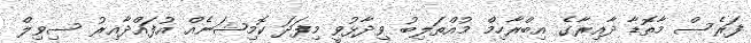
ފަރެސް މާތޮޑާ ދާއިރާގެ އިބްރާހިމް މުއްތަލިބު ވިދާޅުވީ މިފަދަ ކޮމިޝަނެއް އުފައްދާއިރު ސިވިލް